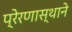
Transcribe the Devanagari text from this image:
प्रेरणास्थाने